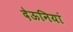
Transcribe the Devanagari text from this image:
देऊनियां